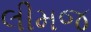
લીમજ